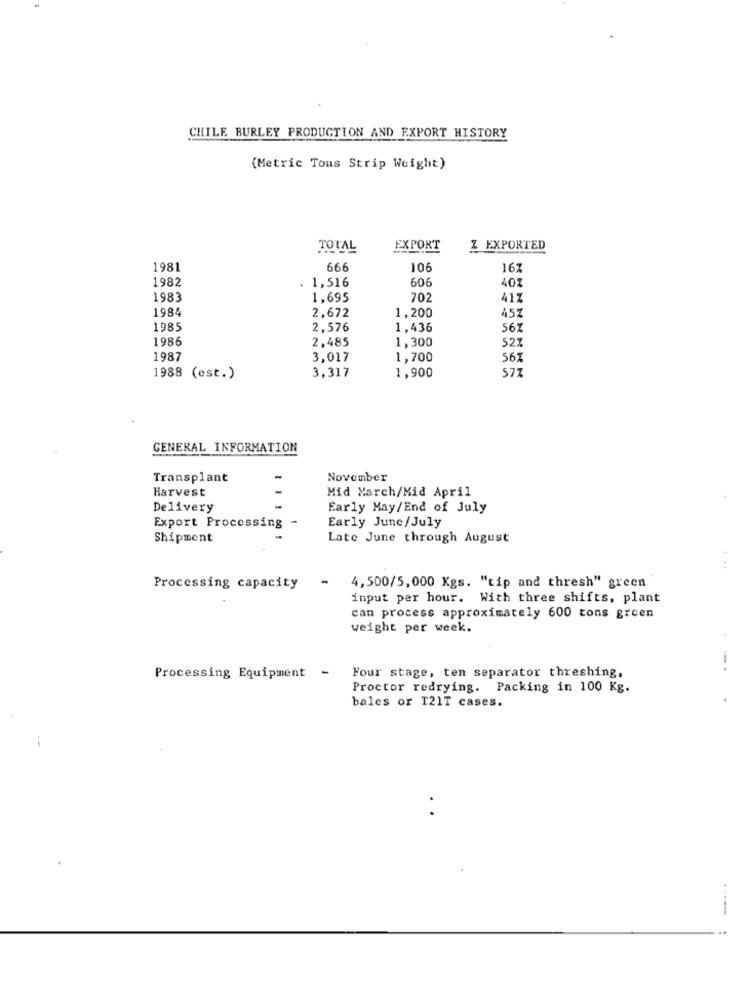
CHILE BURLEY PRODUCTION AND EXPORT HISTORY
(Metric Tons Strip Weight)
TOTAL
EXPORT
Z EXPORTED
1981
666
106
16%
1982
60€
. 1,516
40%
1983
1,695
702
41%
1984
1,200
452
2,672
1985
2,576
1,436
56Z
1986
2,485
1,300
527
1987
3.017
1,700
56%
3.317
1,900
577
1988 (est.)
GENERAL INFORMATION
Transplant
November
Harvest
Mid March/Mid April
Delivery
Early May/End of July
Early June/July
Export Processing -
Shipment
Late June through August
...
Processing capacity
4,500/5,000 Kgs. "tip and thresh" green
input per hour. With three shifts, plant
can process approximately 600 tons green
weight per week.
Four stage, ten separator threshing,
....
Processing Equipment -
Proctor redrying. Packing in 100 Kg.
bales or T21T cases.